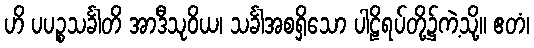
ဟိ ပပဉ္စသင်္ခါတိ အာဒီသုဝိယ၊ သင်္ခါအစရှိသော ပါဠိရပ်တို့၌ကဲ့သို့။ ဧတံ၊